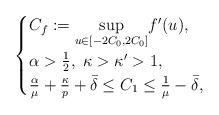
LaTeX: \begin{align*} \begin{cases} C_f := \underset{u \in [-2C_0,2C_0]}{\sup} f'(u),& \\ \alpha >\frac{1}{2},\ \kappa > \kappa ' >1, & \\ \frac{\alpha}{\mu} + \frac{\kappa}{p} +\bar{\delta} \leq C_1 \leq \frac{1}{\mu}-\bar{\delta}, \end{cases}\end{align*}